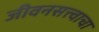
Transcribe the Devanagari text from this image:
जीवनसत्त्वाचा